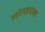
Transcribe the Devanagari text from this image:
अहोरात्रात्मक